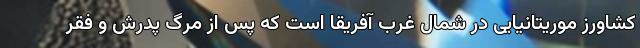
کشاورز موریتانیایی در شمال غرب آفریقا است که پس از مرگ پدرش و فقر